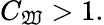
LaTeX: C_{\mathfrak{W}}>1.